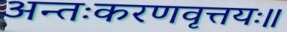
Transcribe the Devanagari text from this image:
अन्तःकरणवृत्तयः॥